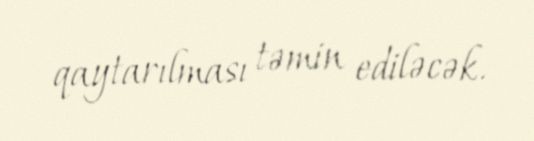
qaytarılması təmin ediləcək.